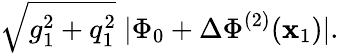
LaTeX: \sqrt{g_{1}^{2}+q_{1}^{2}}\; |\Phi_{0}+\Delta\Phi^{(2)}({\mathbf x}_{1})|.